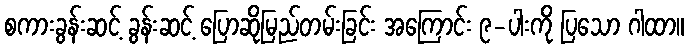
စကားခွန်းဆင့် ခွန်းဆင့် ပြောဆိုမြည်တမ်းခြင်း အကြောင်း ၉-ပါးကို ပြသော ဂါထာ။